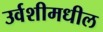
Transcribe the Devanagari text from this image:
उर्वशीमधील